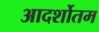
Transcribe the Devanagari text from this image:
आदर्शोतम